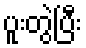
ပူးတွဲပြီး